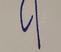
Signature authenticity: forged